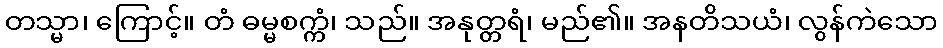
တသ္မာ၊ ကြောင့်။ တံ ဓမ္မစက္ကံ၊ သည်။ အနုတ္တရံ၊ မည်၏။ အနတိသယံ၊ လွန်ကဲသော